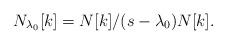
LaTeX: \begin{align*}N_{\lambda_0}[k] = N[k]/(s-\lambda_0)N[k]. \end{align*}